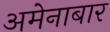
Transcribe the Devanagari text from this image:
अमेनाबार